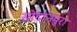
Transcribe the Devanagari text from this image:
सोदानपुरा